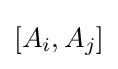
[A_{i},A_{j}]